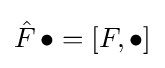
{\hat {F}}\,\bullet =[F,\bullet ]